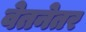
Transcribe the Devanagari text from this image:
वेतनेतर